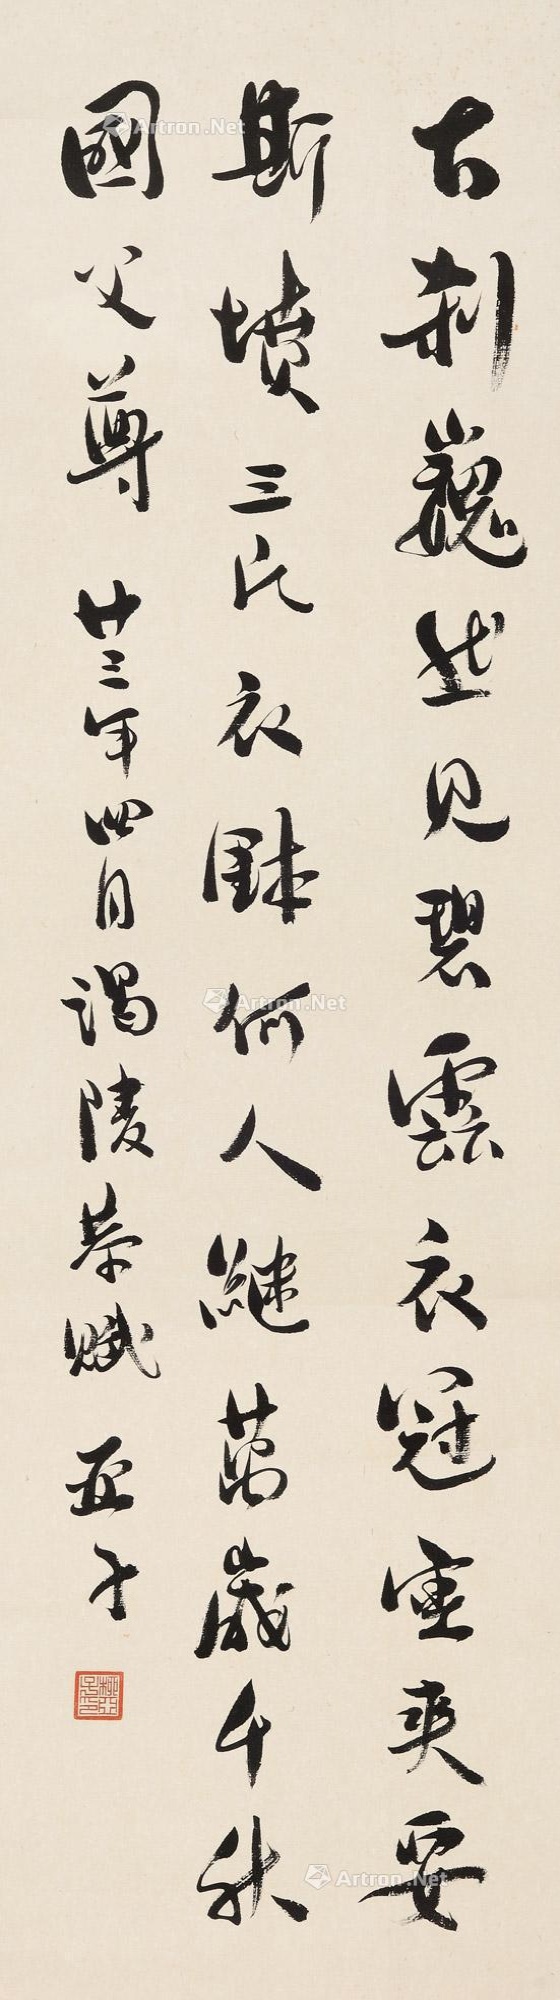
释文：古刹巍然见碧云，衣冠灵爽妥斯坟。三民衣钵何人继，万岁千秋国父尊。廿三年四月，谒陵恭赋。亚子。